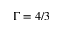
\Gamma = 4 / 3